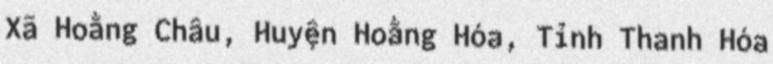
Xã Hoằng Châu, Huyện Hoằng Hóa, Tỉnh Thanh Hóa